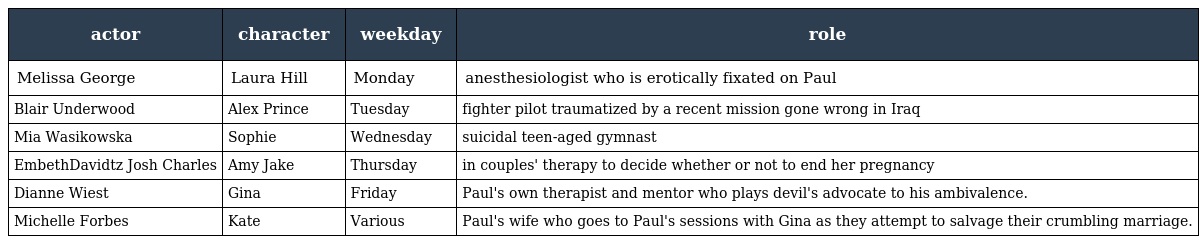
| actor | character | weekday | role |
 | --- | --- | --- | --- |
 | Melissa George | Laura Hill | Monday | anesthesiologist who is erotically fixated on Paul |
 | Blair Underwood | Alex Prince | Tuesday | fighter pilot traumatized by a recent mission gone wrong in Iraq |
 | Mia Wasikowska | Sophie | Wednesday | suicidal teen-aged gymnast |
 | EmbethDavidtz Josh Charles | Amy Jake | Thursday | in couples' therapy to decide whether or not to end her pregnancy |
 | Dianne Wiest | Gina | Friday | Paul's own therapist and mentor who plays devil's advocate to his ambivalence. |
 | Michelle Forbes | Kate | Various | Paul's wife who goes to Paul's sessions with Gina as they attempt to salvage their crumbling marriage. |